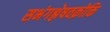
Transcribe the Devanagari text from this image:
सभंगश्लेषवक्रोक्ति